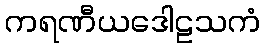
ကရဏီယဒေါဠသကံ